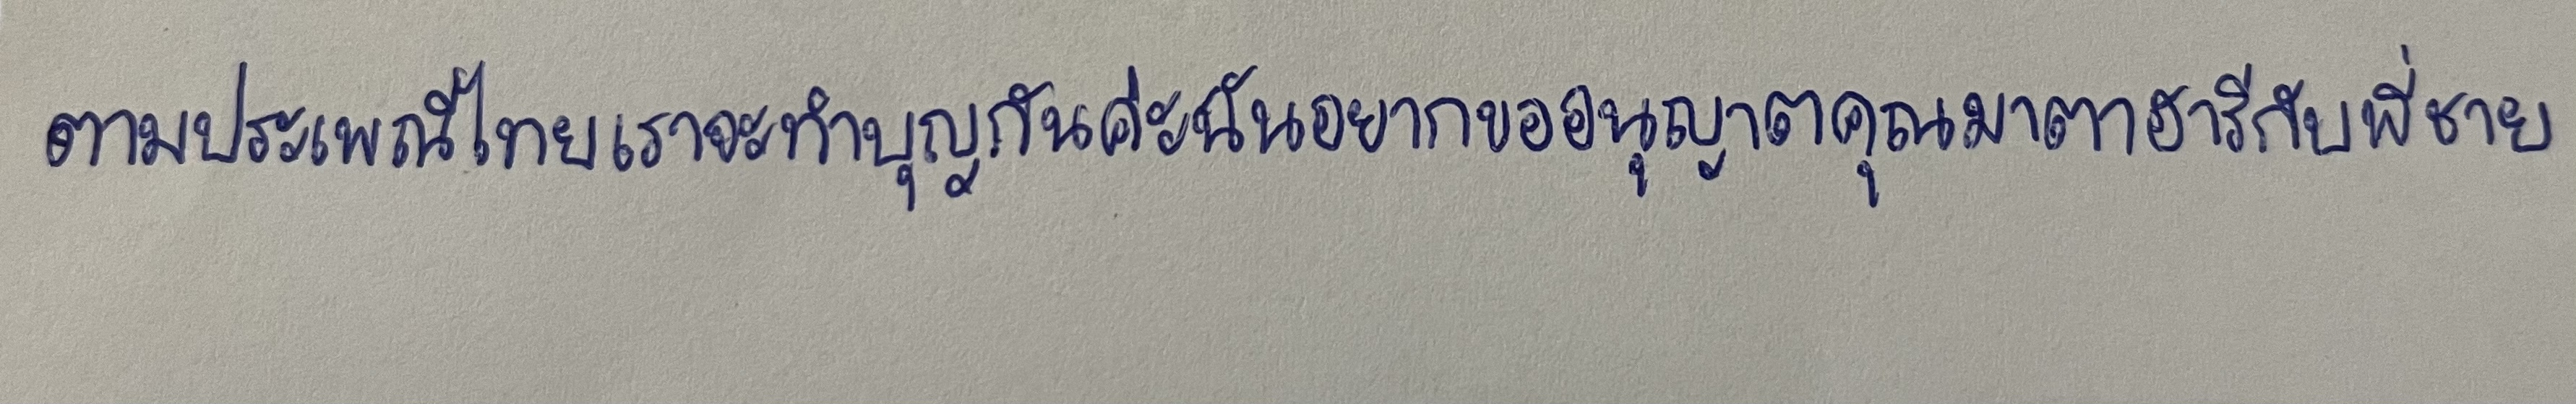
ตามประเพณีไทยเราจะทำบุญกันค่ะฉันอยากขออนุญาตคุณมาตาฮารีกับพี่ชาย